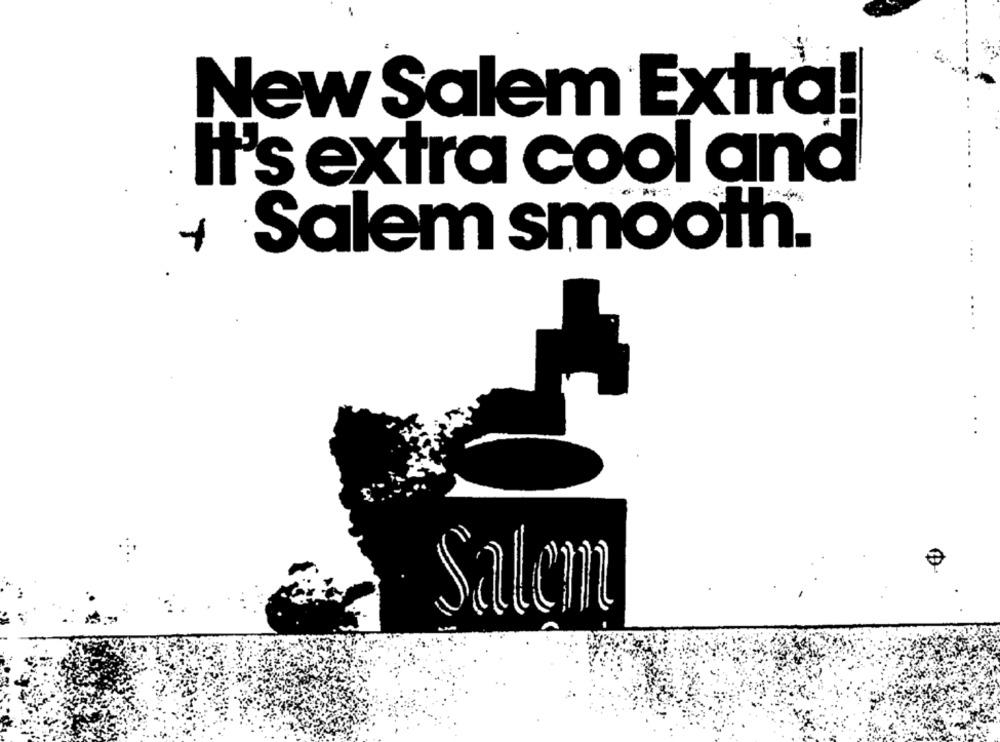
New Salem Extra!
It's extra cool and
Salem smooth.
+
...
...
Salem